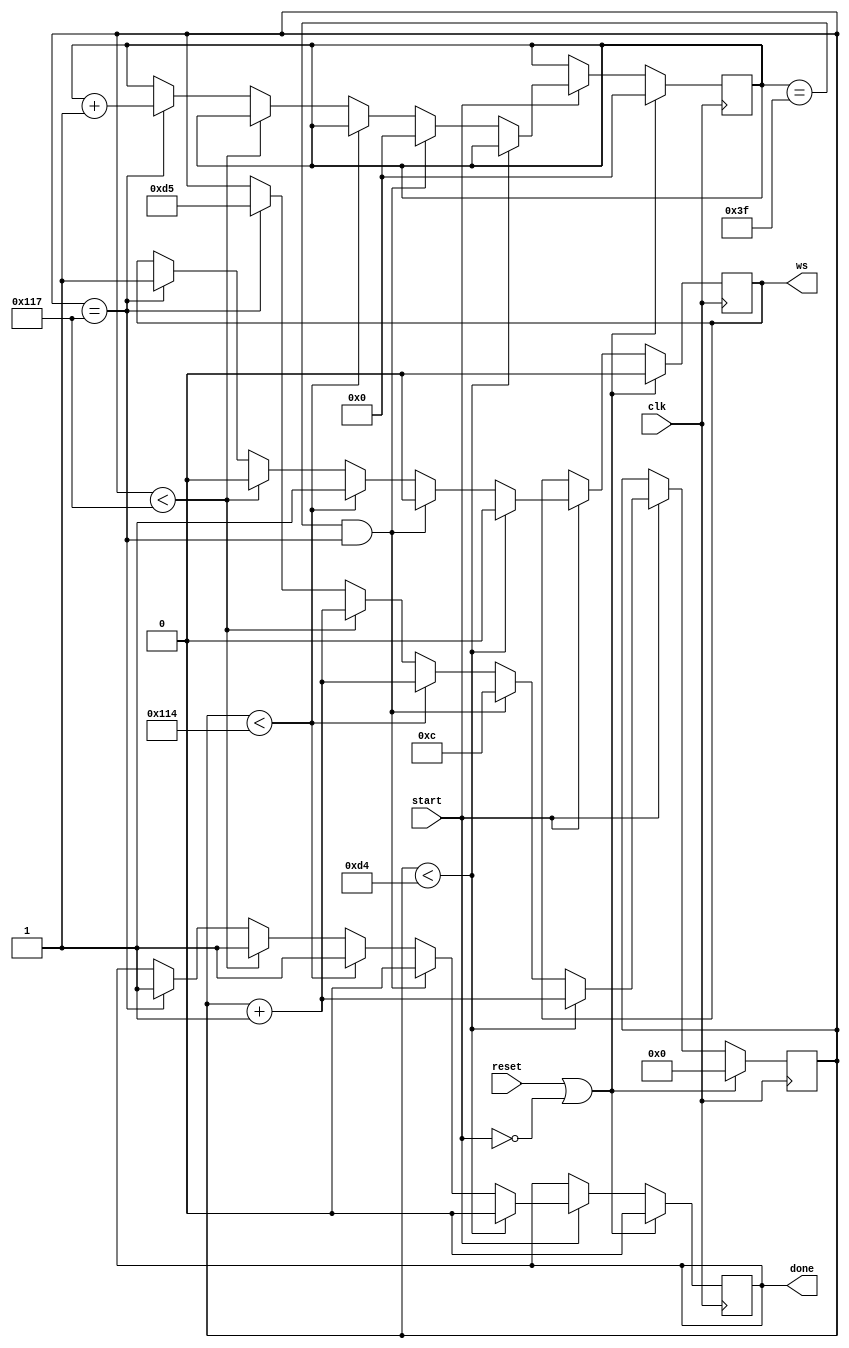
// This program was cloned from: https://github.com/ilaydayaman/CNN_for_SLR
// License: BSD 2-Clause "Simplified" License

`timescale 1ns / 1ps
//////////////////////////////////////////////////////////////////////////////////
// Company: 
// Engineer: 
// 
// Design Name: 
// Module Name: Counter
// Project Name: 
// Target Devices: 
// Tool Versions: 
// Description: 
// 
// Dependencies: 
// 
// Revision:
// Revision 0.01 - File Created
// Additional Comments:
// 
//////////////////////////////////////////////////////////////////////////////////

module Counter_ws(
    input clk,
    input start,
    input reset,
    output reg done=1'b0,
    output reg ws
    );
    parameter fill = 212; //213 clock XXXX
    //parameter mod = fill + 67*64;
    reg [8:0] count; //ws_count
    reg [5:0] count2; //64 rows
    always @ ( posedge clk )
    begin
        if( reset || ~start )
        begin
            count <= 0;
            ws <= 0;
            count2 <= 0;
            done <= 0;
        end else if ( start )
        begin
            if( count < fill )
            begin
				count <= count + 1;
				ws <= 0;
				done <= 0;
            end else if ( count2 == 63 && count == 279)
            begin
                count <= 12;
                count2 <= 0;
                ws <= 0;
                done <= 0;
            end else if ( count < 276 )
            begin
                count <= count + 1;
				ws <= 1;
				done <= 1;
            end else if ( count < 279 )
			begin
				count <= count + 1;
				ws <= 0;
				done <= 1;
			end
			else if ( count == 279 )
			begin
			     count <= 213;
			     ws <= 1;
			     count2 <= count2 + 1;
			     done <= 1;
			end
        end
    end
	
endmodule